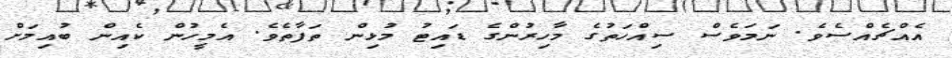
އެއްޗެއްސެވެ. ނަމަވެސް ސިއްހަތުގެ މާހިރުންގެ ޑައިޓު މުޅިން ތަފާތެވެ. އެމީހުން ކެއިން ބުއިމަށް